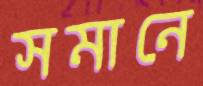
সমানে